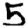
Digit: 5